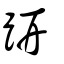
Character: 趼